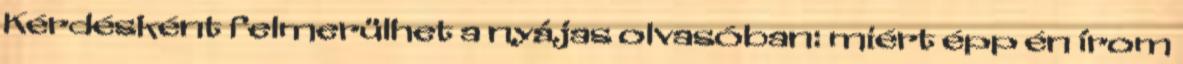
Kérdésként felmerülhet a nyájas olvasóban: miért épp én írom